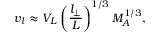
v _ { l } \approx V _ { L } \left( \frac { l _ { \bot } } { L } \right) ^ { 1 / 3 } M _ { A } ^ { 1 / 3 } ,